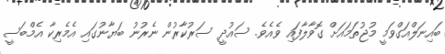
ބައިނަލްއަގްވަމީ މުޖުތަމައަށް ގޮވާލާފައި ވެއެވެ. ސައުދީ ސަރުކާރުން ނެރުނު ބަޔާނުގައި އެމެރިކާ އެމްބަސީ